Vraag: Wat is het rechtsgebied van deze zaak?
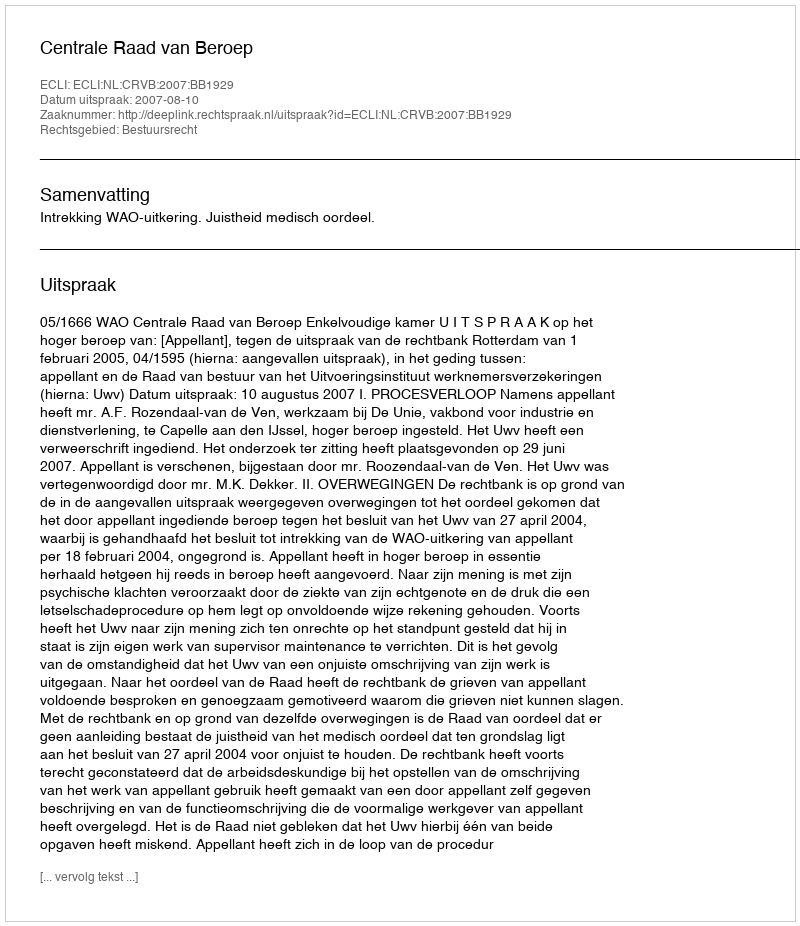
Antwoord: Bestuursrecht